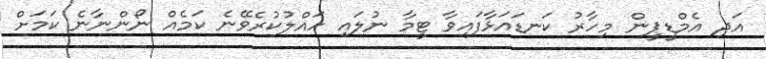
އަދި އެމްޑީޕީން މިހާރު ކަނޑައަޅާފައިވާ ޓީމާ ނުލައި ހައްލުކުރެވޭނެ ކަމެއް ނޯންނާނެ ކަމަށް